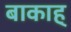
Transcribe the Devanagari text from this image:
बाकाह्